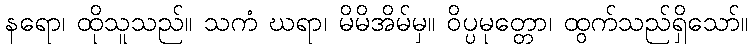
နရော၊ ထိုသူသည်။ သကံ ဃရာ၊ မိမိအိမ်မှ။ ဝိပ္ပမုတ္တော၊ ထွက်သည်ရှိသော်။